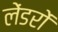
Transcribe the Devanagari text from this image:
लेंडरों